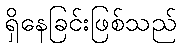
ရှိနေခြင်းဖြစ်သည်